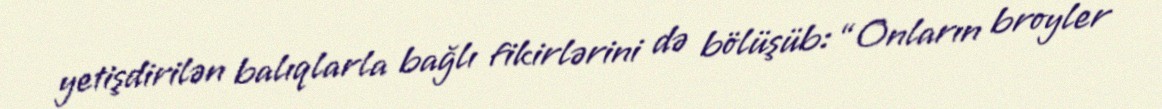
yetişdirilən balıqlarla bağlı fikirlərini də bölüşüb: “Onların broyler